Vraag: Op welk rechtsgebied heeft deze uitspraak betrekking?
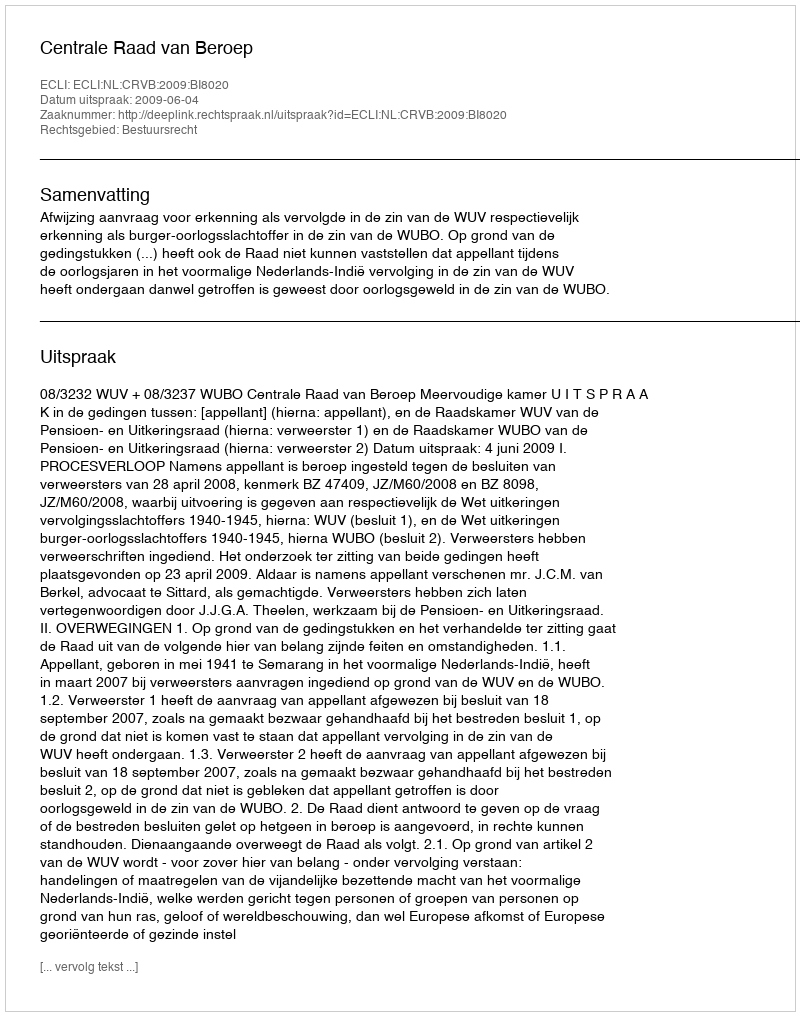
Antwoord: Bestuursrecht